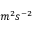
m ^ { 2 } s ^ { - 2 }